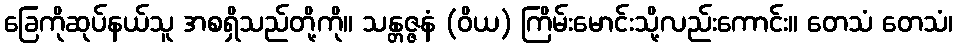
ခြေကိုဆုပ်နယ်သူ အစရှိသည်တို့ကို။ သန္တဇ္ဇနံ (ဝိယ) ကြိမ်းမောင်းသို့လည်းကောင်း။ တေသံ တေသံ၊